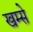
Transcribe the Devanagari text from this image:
खम्से